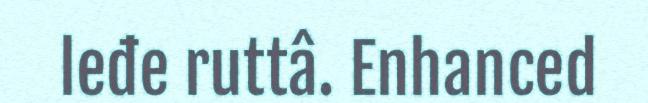
leđe ruttâ. Enhanced